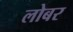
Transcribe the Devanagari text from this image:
लोबर